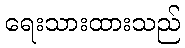
ရေးသားထားသည်